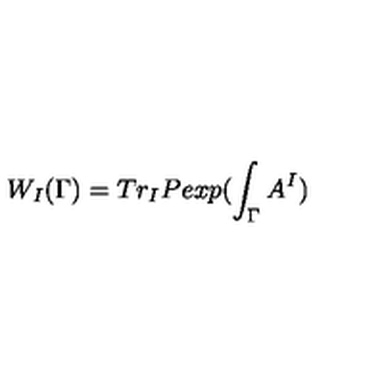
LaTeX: W _ { I } ( \Gamma ) = T r _ { I } P e x p ( \int _ { \Gamma } A ^ { I } )